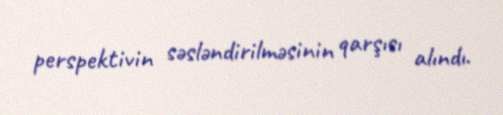
perspektivin səsləndirilməsinin qarşısı alındı.